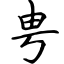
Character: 甹